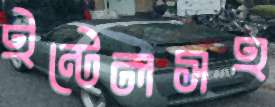
ইন্টেলসহ